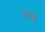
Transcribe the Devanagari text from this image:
क़ब्जे़